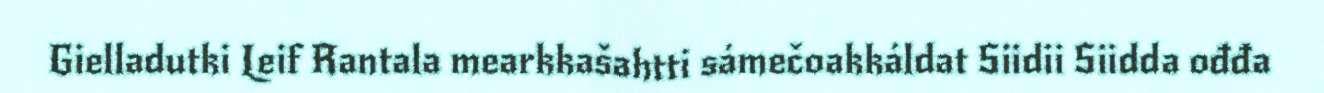
Gielladutki Leif Rantala mearkkašahtti sámečoakkáldat Siidii Siidda ođđa